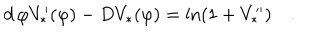
d \, \varphi V _ { * } ^ { \prime } ( \varphi ) - D V _ { * } ( \varphi ) = \ln ( 1 + V _ { * } ^ { \prime \prime } ) \quad .